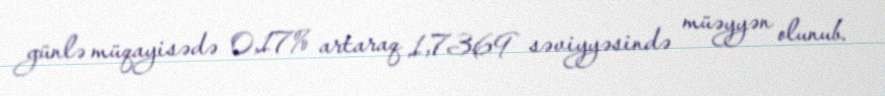
günlə müqayisədə 0,17% artaraq 1,7369 səviyyəsində müəyyən olunub.